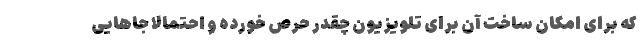
که برای امکان ساخت آن برای تلویزیون چقدر حرص خورده و احتمالا جاهایی